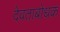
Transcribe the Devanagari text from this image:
देवताबोधक